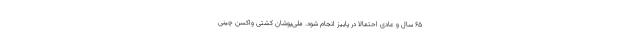
65 سال و عادی احتمالاً در پاییز انجام شود. ملی‌پوشان کشتی واکسن چینی